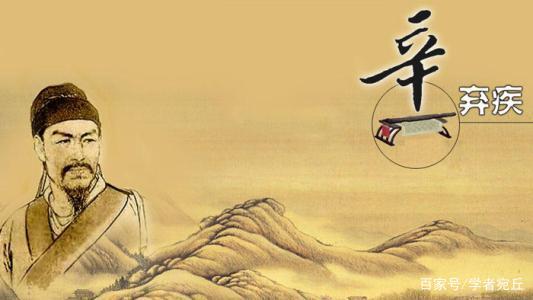
凭谁问，廉颇老矣，尚能饭否？